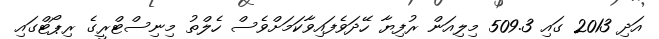
އަދި 2013 ގައި 509.3 މިލިއަން ރުފިޔާ ހޭދަވެފައިވާކަމަށްވެސް ހެލްތު މިނިސްޓްރީގެ ރިޕޯޓްގައި